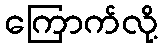
ကြောက်လို့